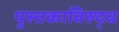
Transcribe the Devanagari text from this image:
पुस्तकाविरुद्ध